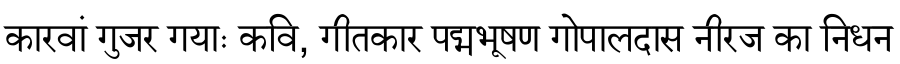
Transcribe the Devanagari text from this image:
कारवां गुजर गयाः कवि, गीतकार पद्मभूषण गोपालदास नीरज का निधन